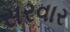
સરવાર